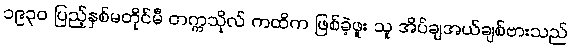
၁၉၃၀ ပြည့်နှစ်မတိုင်မီ တက္ကသိုလ် ကထိက ဖြစ်ခဲ့ဖူး သူ အိပ်ချအယ်ချစ်ဗားသည်